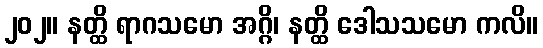
၂၀၂။ နတ္ထိ ရာဂသမော အဂ္ဂိ၊ နတ္ထိ ဒေါသသမော ကလိ။